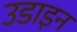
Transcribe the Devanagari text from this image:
उडाइन